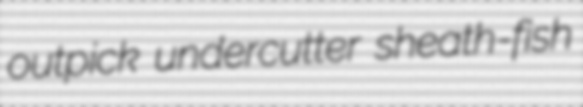
outpick undercutter sheath-fish